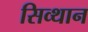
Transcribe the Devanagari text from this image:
सिव्थान